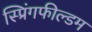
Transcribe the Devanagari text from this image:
स्प्रिंगफील्डम